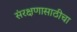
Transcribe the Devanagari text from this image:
संरक्षणासाठीचा